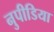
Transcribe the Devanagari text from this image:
नुपीडिया